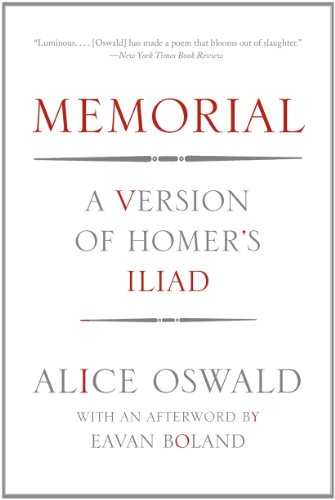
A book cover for Memorial: A Version of Homer's Iliad; Alice Oswald; Literature & Fiction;